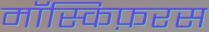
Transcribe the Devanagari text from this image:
मॉस्किफ़रस